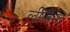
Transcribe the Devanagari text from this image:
लीजेन्द